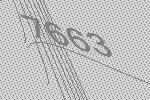
7663